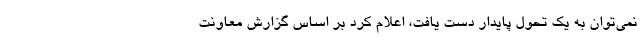
نمی‌توان به یک تحول پایدار دست یافت، اعلام کرد بر اساس گزارش معاونت